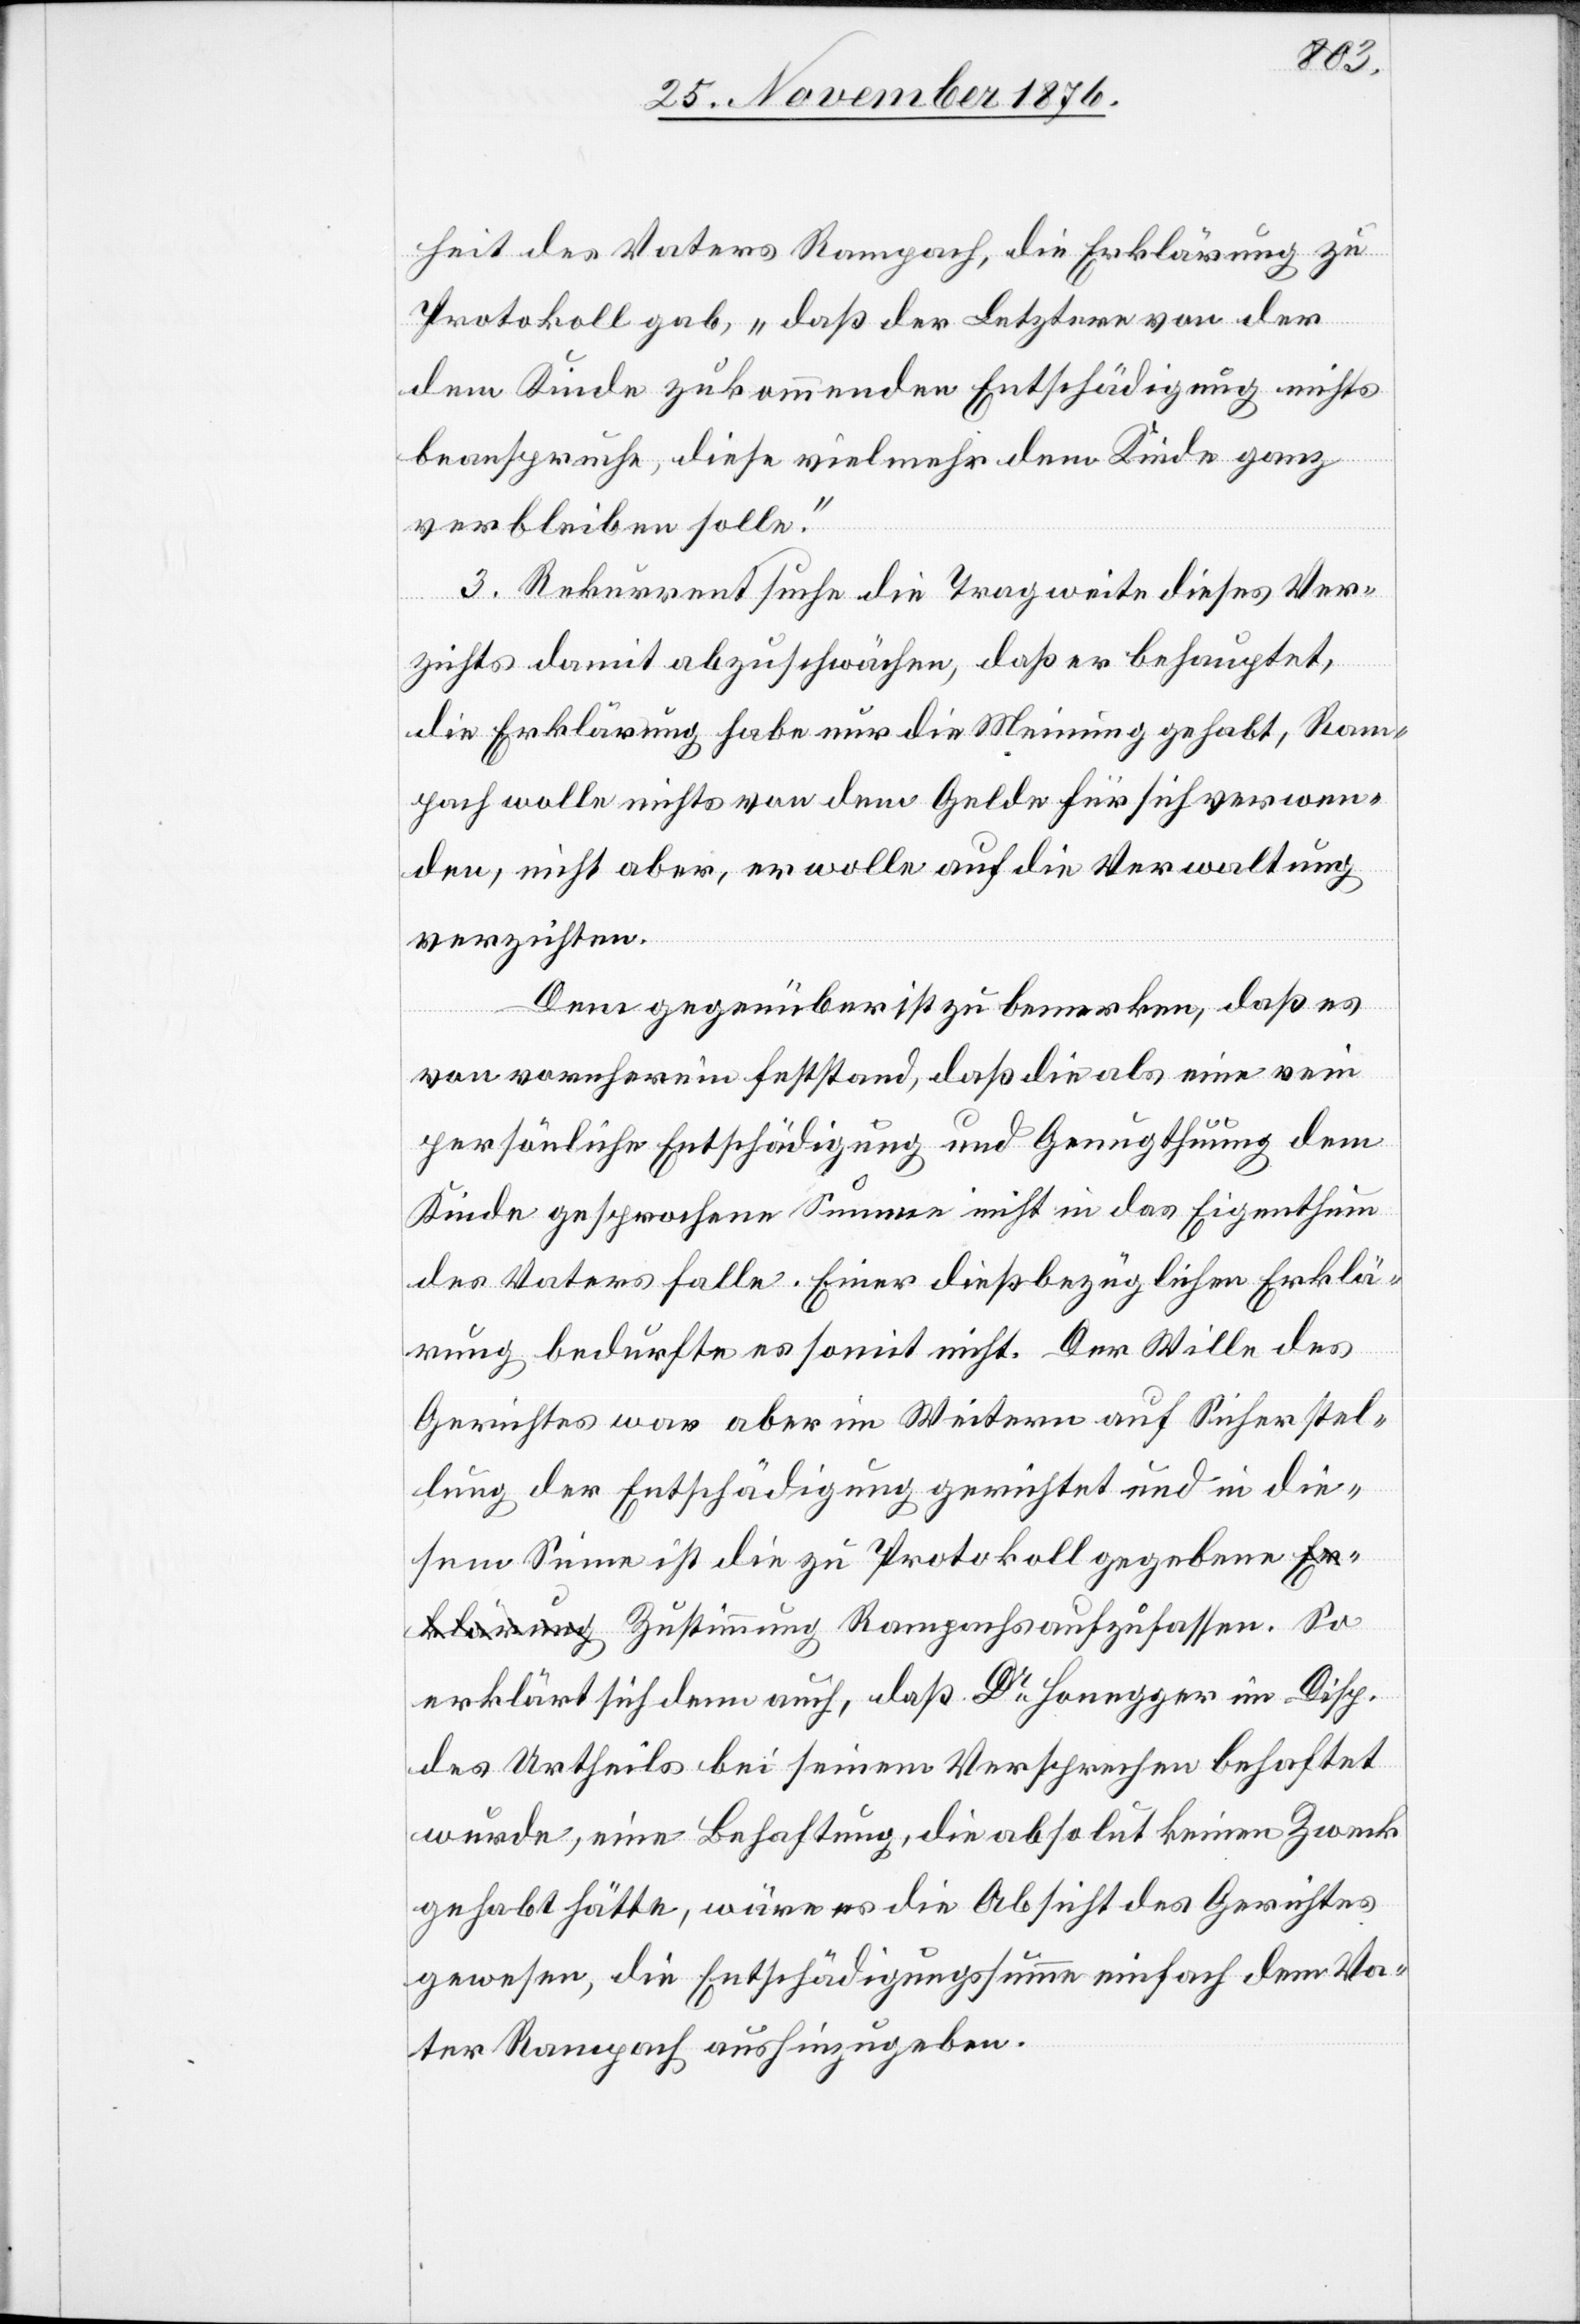
heit des Vaters Rampach, die Erklärung zu
Protokoll gab, „daß der Letztere von der
dem Kinde zukommenden Entschädigung nichts
beanspruche, diese vielmehr dem Kinde ganz
verbleiben solle.“
3. Rekurrent suche die Tragweise dieses Ver¬
immung
zichts damit abzuschwächen, daß er behauptet,
die Erklärung habe nur die Meinung gehabt, Ram¬
pach wolle nichts von dem Gelde für sich verwen¬
den, nicht aber, er wolle auf die Verwaltung
verzichten.
Dem gegenüber ist zu bemerken, daß es
von vorneherein feststand, daß die als eine rein
persönliche Entschädigung und Genugthuung dem
Kinde zugesprochene Summe nicht in das Eigenthum
des Vaters falle. Einer dießbezüglichen Erklä¬
rung bedurfte es somit nicht. Der Wille des
Gerichtes war aber im Weitern auf Sicherstel¬
lung der Entschädigung gerichtet und in die¬
sem Sinne ist die zu Protokoll gegebene Zust¬
erklärt sich denn auch, daß Dr Honegger im Disp.
des Urtheils bei seinem Versprechen behaftet
wurde, eine Behaftung, die absolut keinen Zweck
gehabt hätte, wäre es die Absicht des Gerichtes
gewesen, die Entschädigungssumme einfach dem Va¬
ter Rampach aushinzugeben.